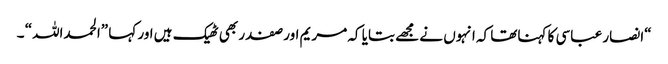
“انصار عباسی کا کہناتھا کہ انہوں نے مجھے بتایا کہ مریم اور صفدر بھی ٹھیک ہیں اور کہا ”الحمداللہ“ ۔